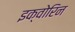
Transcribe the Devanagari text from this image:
इक्वोरिन